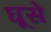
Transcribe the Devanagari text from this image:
घूसे